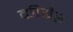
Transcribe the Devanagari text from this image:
कीबैर